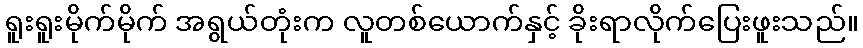
ရူးရူးမိုက်မိုက် အရွယ်တုံးက လူတစ်ယောက်နှင့် ခိုးရာလိုက်ပြေးဖူးသည်။